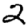
Digit: 2